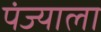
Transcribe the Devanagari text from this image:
पंज्याला